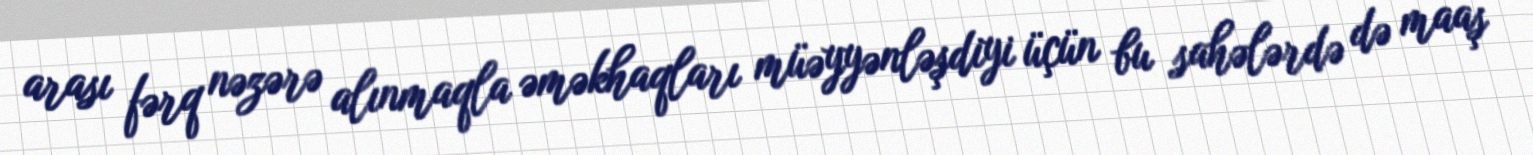
arası fərq nəzərə alınmaqla əməkhaqları müəyyənləşdiyi üçün bu sahələrdə də maaş